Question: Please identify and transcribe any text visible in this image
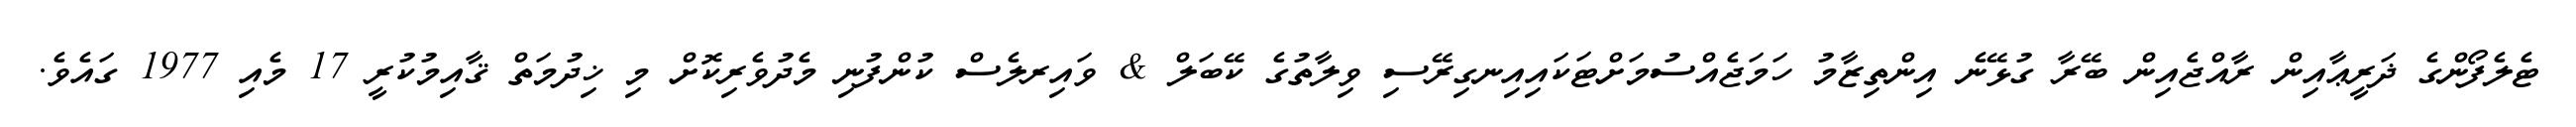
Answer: ޓެލެފޯންގެ ޛަރީޢާއިން ރާއްޖެއިން ބޭރާ ގުޅޭނެ އިންތިޒާމު ހަމަޖެއްސުމަށްޓަކައިއިނގިރޭސި ވިލާތުގެ ކޭބަލް & ވައިރލެސް ކުންފުނި މެދުވެރިކޮށް މި ޚިދުމަތް ޤާއިމުކުރީ 17 މެއި 1977 ގައެވެ.